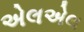
એલએલ